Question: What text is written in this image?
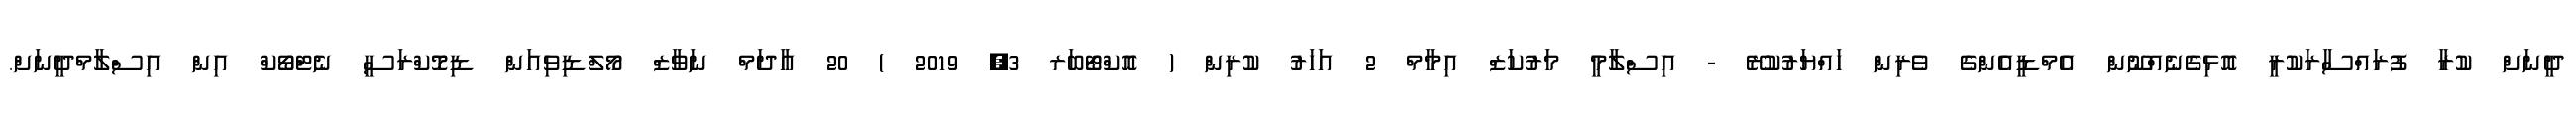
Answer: ދީނަށް ކުރާ ފުރައްސާރަކުރީ އޮޅިގެނެއްނޫން އެމްޑީއެންގެ ވެރިން ހައްޔަރުކުރޭ - އިސްލާމީ މަރުކަޒް އިމާމް 2 އަހަރު ކުރިން ( އޮކްޓޯބަރ 3, 2019 ) 20 އާދަމް ނަވާޒް މޯލްޑިވިއަން ޑިމޮކްރަސީ ނެޓްވޯކް އިން އިސްލާމްދީނަށް.